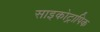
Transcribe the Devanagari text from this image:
साइकोट्रापिक